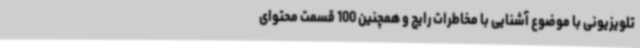
تلویزیونی با موضوع آشنایی با مخاطرات رایج و همچنین 100 قسمت محتوای